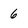
Character: 6